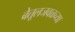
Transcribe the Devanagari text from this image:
बेतूलजवळच्या